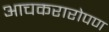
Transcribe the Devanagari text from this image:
आचकरारोपण